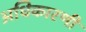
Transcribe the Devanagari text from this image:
अधिकारणी